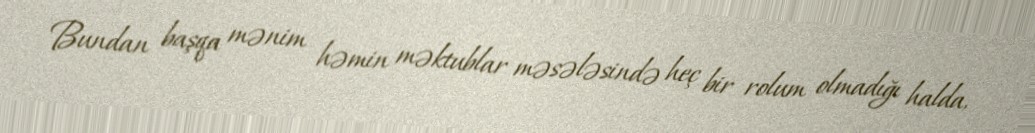
Bundan başqa mənim həmin məktublar məsələsində heç bir rolum olmadığı halda,